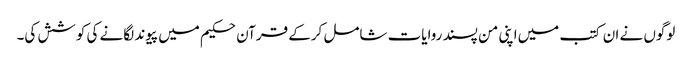
لوگوں نے ان کتب میں‌اپنی من پسند روایات شامل کرکے قرآن حکیم میں پیوند لگانے کی کوشش کی۔